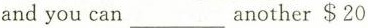
and you can another___$20